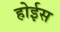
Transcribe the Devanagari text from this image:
होईस